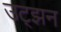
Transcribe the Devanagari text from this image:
उट्झन